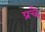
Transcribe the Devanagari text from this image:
प्रच्है